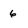
Character: 6